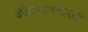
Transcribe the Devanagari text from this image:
कीळकाय्नेल्ली